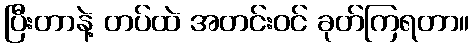
ပြီးတာနဲ့ တပ်ထဲ အတင်းဝင် ခုတ်ကြရတာ။